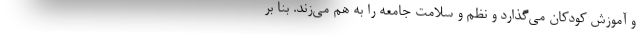
و آموزش کودکان می‌گذارد و نظم و سلامت جامعه را به هم می‌زند. بنا بر